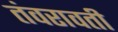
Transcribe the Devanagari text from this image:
तंवरावती